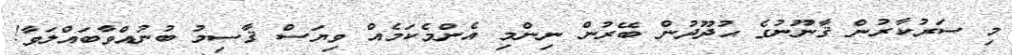
މި ސަރުކާރުން ޤާނޫނުގެ ޙުދޫދުން ބޭރުން ނިންމި އެންމެކަމެއް ވިޔަސް ޤާސިމު ބުނުއްވާބައްލަވާ!